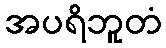
အပရိဘူတံ